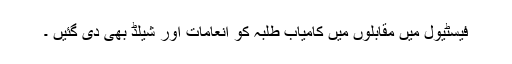
فیسٹیول میں مقابلوں میں کامیاب طلبہ کو انعامات اور شیلڈ بھی دی گئیں ۔